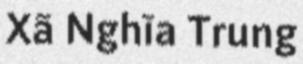
Xã Nghĩa Trung